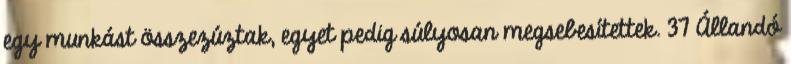
egy munkást összezúztak, egyet pedig súlyosan megsebesítettek. 37 Állandó